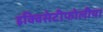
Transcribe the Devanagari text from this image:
इक्विसेटीफोलीया